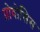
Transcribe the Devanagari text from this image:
प्रोवोसिस